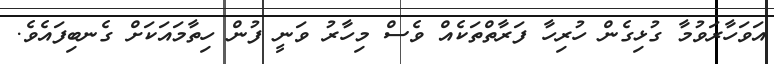
އަވަހާރަވުމާ ގުޅިގެން ހުރިހާ ފަރާތްތަކެއް ވެސް މިހާރު ވަނީ ފުން ހިތާމައަކަށް ގެނބިފައެވެ.